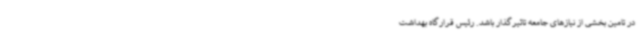
در تامین بخشی از نیازهای جامعه تاثیرگذار باشد. رئیس قرارگاه بهداشت